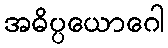
အဓိပ္ပယောဂေါ